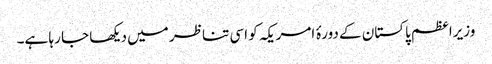
وزیراعظم پاکستان کے دورۂ امریکہ کو اسی تناظر میں دیکھا جا رہا ہے۔